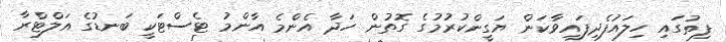
ފިތުގައި ހިލައުފެދިފައިވާކަން ޔަގީންކުރުމުގެ ގޮތުން ހަދާ އެންމެ އާންމު ޓެސްޓަކީ ބަނޑުގެ އަލްޓްރާ